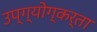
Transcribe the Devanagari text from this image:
उप्ग्योग्कर्ता